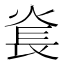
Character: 㷃